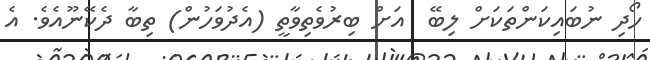
ހޯދި ނުބައިކަންތަކަށް ލިބޭ  އަށް ބިރުވެތިވާތީ (އެދުވަހުން) ތިބާ ދެކޭނޫއެވެ. އެ